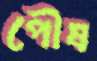
পৌষ